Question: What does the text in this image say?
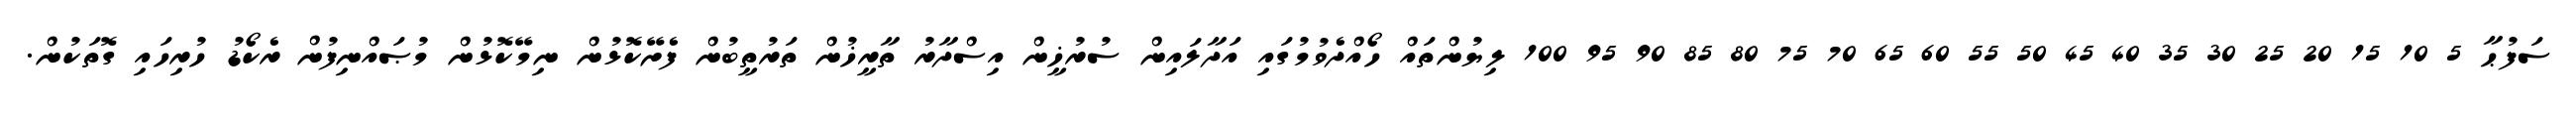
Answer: ސަފުޙާ 5 10 15 20 25 30 35 40 45 50 55 60 65 70 75 80 85 90 95 100 ލިޔުންތައް ހޯއްދެވުމުގައި އަދާލައިން ސުރުޚީން އިސްދާރު ތާރީޚުން ތަރުތީބުން ފެށޭކޮޅުން ނިމޭކޮޅުން މުޞައްނިފުން ރެކޯޑު ހުރިހައި ގޮތަކުން.